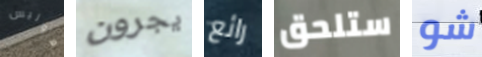
هوليس يجرون رائع ستلحق شو